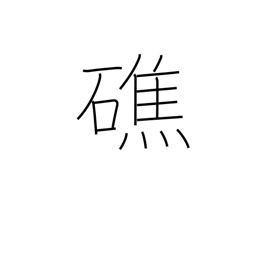
Meaning: sunken rock